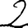
Digit: 2